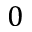
0